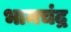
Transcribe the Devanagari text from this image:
भामचंद्र